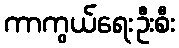
ကာကွယ်ရေးဦးစီး